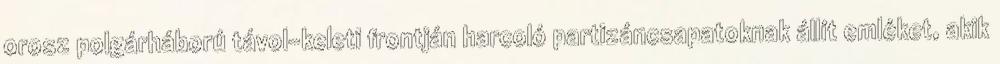
orosz polgárháború távol-keleti frontján harcoló partizáncsapatoknak állít emléket, akik